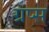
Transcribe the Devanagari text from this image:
ग्रप्स